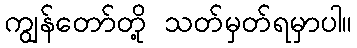
ကျွန်တော်တို့ သတ်မှတ်ရမှာပါ။